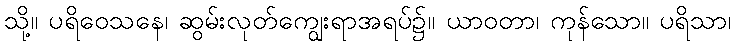
သို့။ ပရိဝေသနေ၊ ဆွမ်းလုတ်ကျွေးရာအရပ်၌။ ယာဝတာ၊ ကုန်သော။ ပရိသာ၊